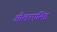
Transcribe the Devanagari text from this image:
ओलरएसिइ